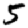
Digit: 5